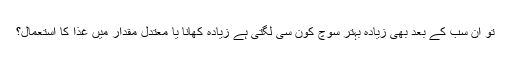
تو ان سب کے بعد بھی زیادہ بہتر سوچ کون سی لگتی ہے زیادہ کھانا یا معتدل مقدار میں غذا کا استعمال؟